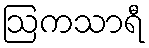
ဩကသာရီ